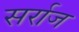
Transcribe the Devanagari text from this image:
सर्राज